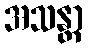
အသန္တာ